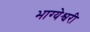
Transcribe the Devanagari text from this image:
भाग्येश्वरी